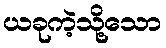
ယခုကဲ့သို့သော